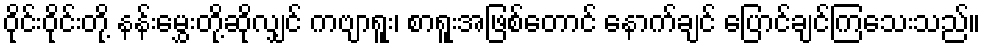
ဝိုင်းဝိုင်းတို့ နန်းမွှေးတို့ဆိုလျှင် ကဗျာရူး၊ စာရူးအဖြစ်တောင် နောက်ချင် ပြောင်ချင်ကြသေးသည်။